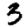
Digit: 3